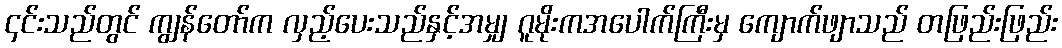
၄င်းသည်တွင် ကျွန်တော်က လှည့်ပေးသည်နှင့်အမျှ ဂူမိုးကအပေါက်ကြီးမှ ကျောက်ဖျာသည် တဖြည်းဖြည်း